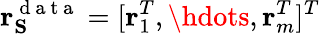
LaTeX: \mathbf{r}_{\mathbf{S}}^{\mathrm{~d~a~t~a~}}=[\mathbf{r}_{1}^{T},\hdots,\mathbf{r}_{m}^{T}]^{T}